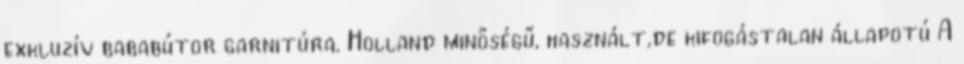
exkluzív bababútor garnitúra. Holland minőségű, használt,de kifogástalan állapotú A